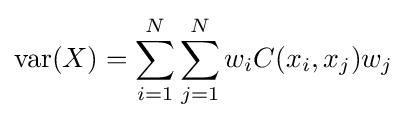
\operatorname {var} (X)=\sum _{i=1}^{N}\sum _{j=1}^{N}w_{i}C(x_{i},x_{j})w_{j}